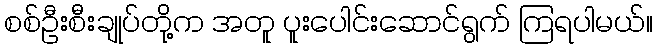
စစ်ဦးစီးချုပ်တို့က အတူ ပူးပေါင်းဆောင်ရွက် ကြရပါမယ်။